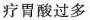
疗胃酸过多